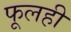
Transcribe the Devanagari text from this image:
फूलही